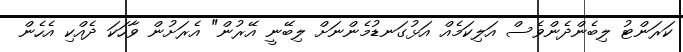
ކަރަންޓު ލިބެންދެންވެސް އަލިކަމެއް އަޅުގަނޑުމެންނަށް ލިބޭނީ އޭރުން" އެރަށުން ވާހަކަ ދެއްކި އެހެން